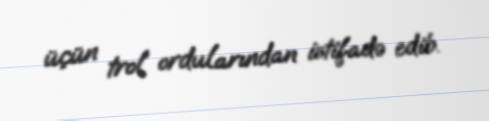
üçün trol ordularından istifadə edib.